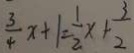
\frac { 3 } { 4 } x + 1 = \frac { 1 } { 2 } x + \frac { 3 } { 2 }